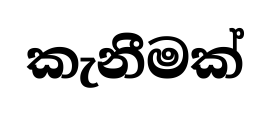
කැනීමක්